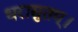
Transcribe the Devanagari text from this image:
धरासुतम्।